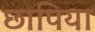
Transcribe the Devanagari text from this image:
छापिया